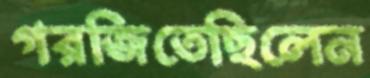
গরজিতেছিলেন